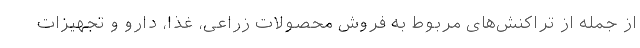
از جمله از تراکنش‌های مربوط به فروش محصولات زراعی، غذا، دارو و تجهیزات